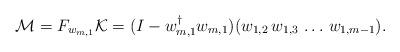
LaTeX: \begin{align*} {\mathcal M}=F_{w_{m,1}}\mathcal K=(I-w_{m,1}^{\dag}w_{m,1}) (w_{1,2}\,w_{1,3}\,\dots \,w_{1,m-1}).\end{align*}